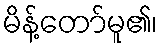
မိန့်တော်မူ၏၊